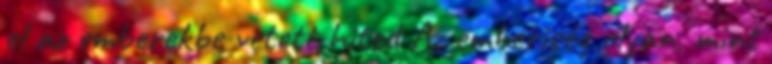
el az emberekbe vetett hited Az emberiség olyan, mint